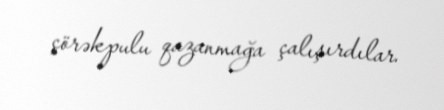
çörəkpulu qazanmağa çalışırdılar.